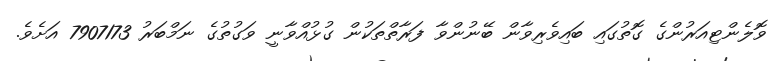
ވޮލެންޓިއަރުންގެ ގޮތުގައި ބައިވެރިވާން ބޭނުންވާ ފަރާތްތަކުން ގުޅުއްވާނީ ވަގުތުގެ ނަމްބަރު 7907173 އަށެވެ.